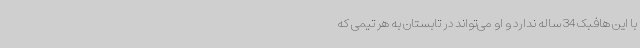
با این هافبک 34 ساله ندارد و او می‌تواند در تابستان به هر تیمی که